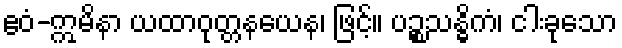
ဧဝံ-ဣမိနာ ယထာဝုတ္တနယေန၊ ဖြင့်။ ပဉ္စသန္ဓိကံ၊ ငါးခုသော